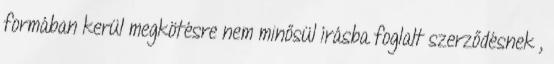
formában kerül megkötésre nem minősül írásba foglalt szerződésnek ,